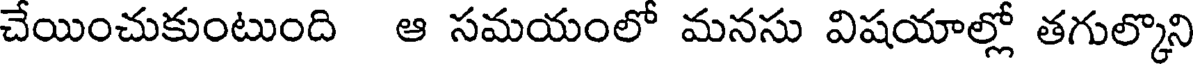
చేయించుకుంటుంది ఆ సమయంలో మనసు విషయాల్లో తగుల్కొని